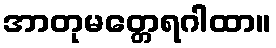
အာတုမတ္တေရဂါထာ။